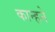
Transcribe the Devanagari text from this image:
कान्हने